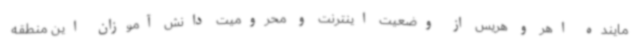
ماینده اهر و هریس از وضعیت اینترنت و محرومیت دانش آموزان این منطقه